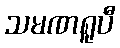
သမဏရူပီ